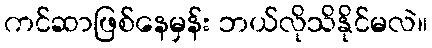
ကင်ဆာဖြစ်နေမှန်း ဘယ်လိုသိနိုင်မလဲ။